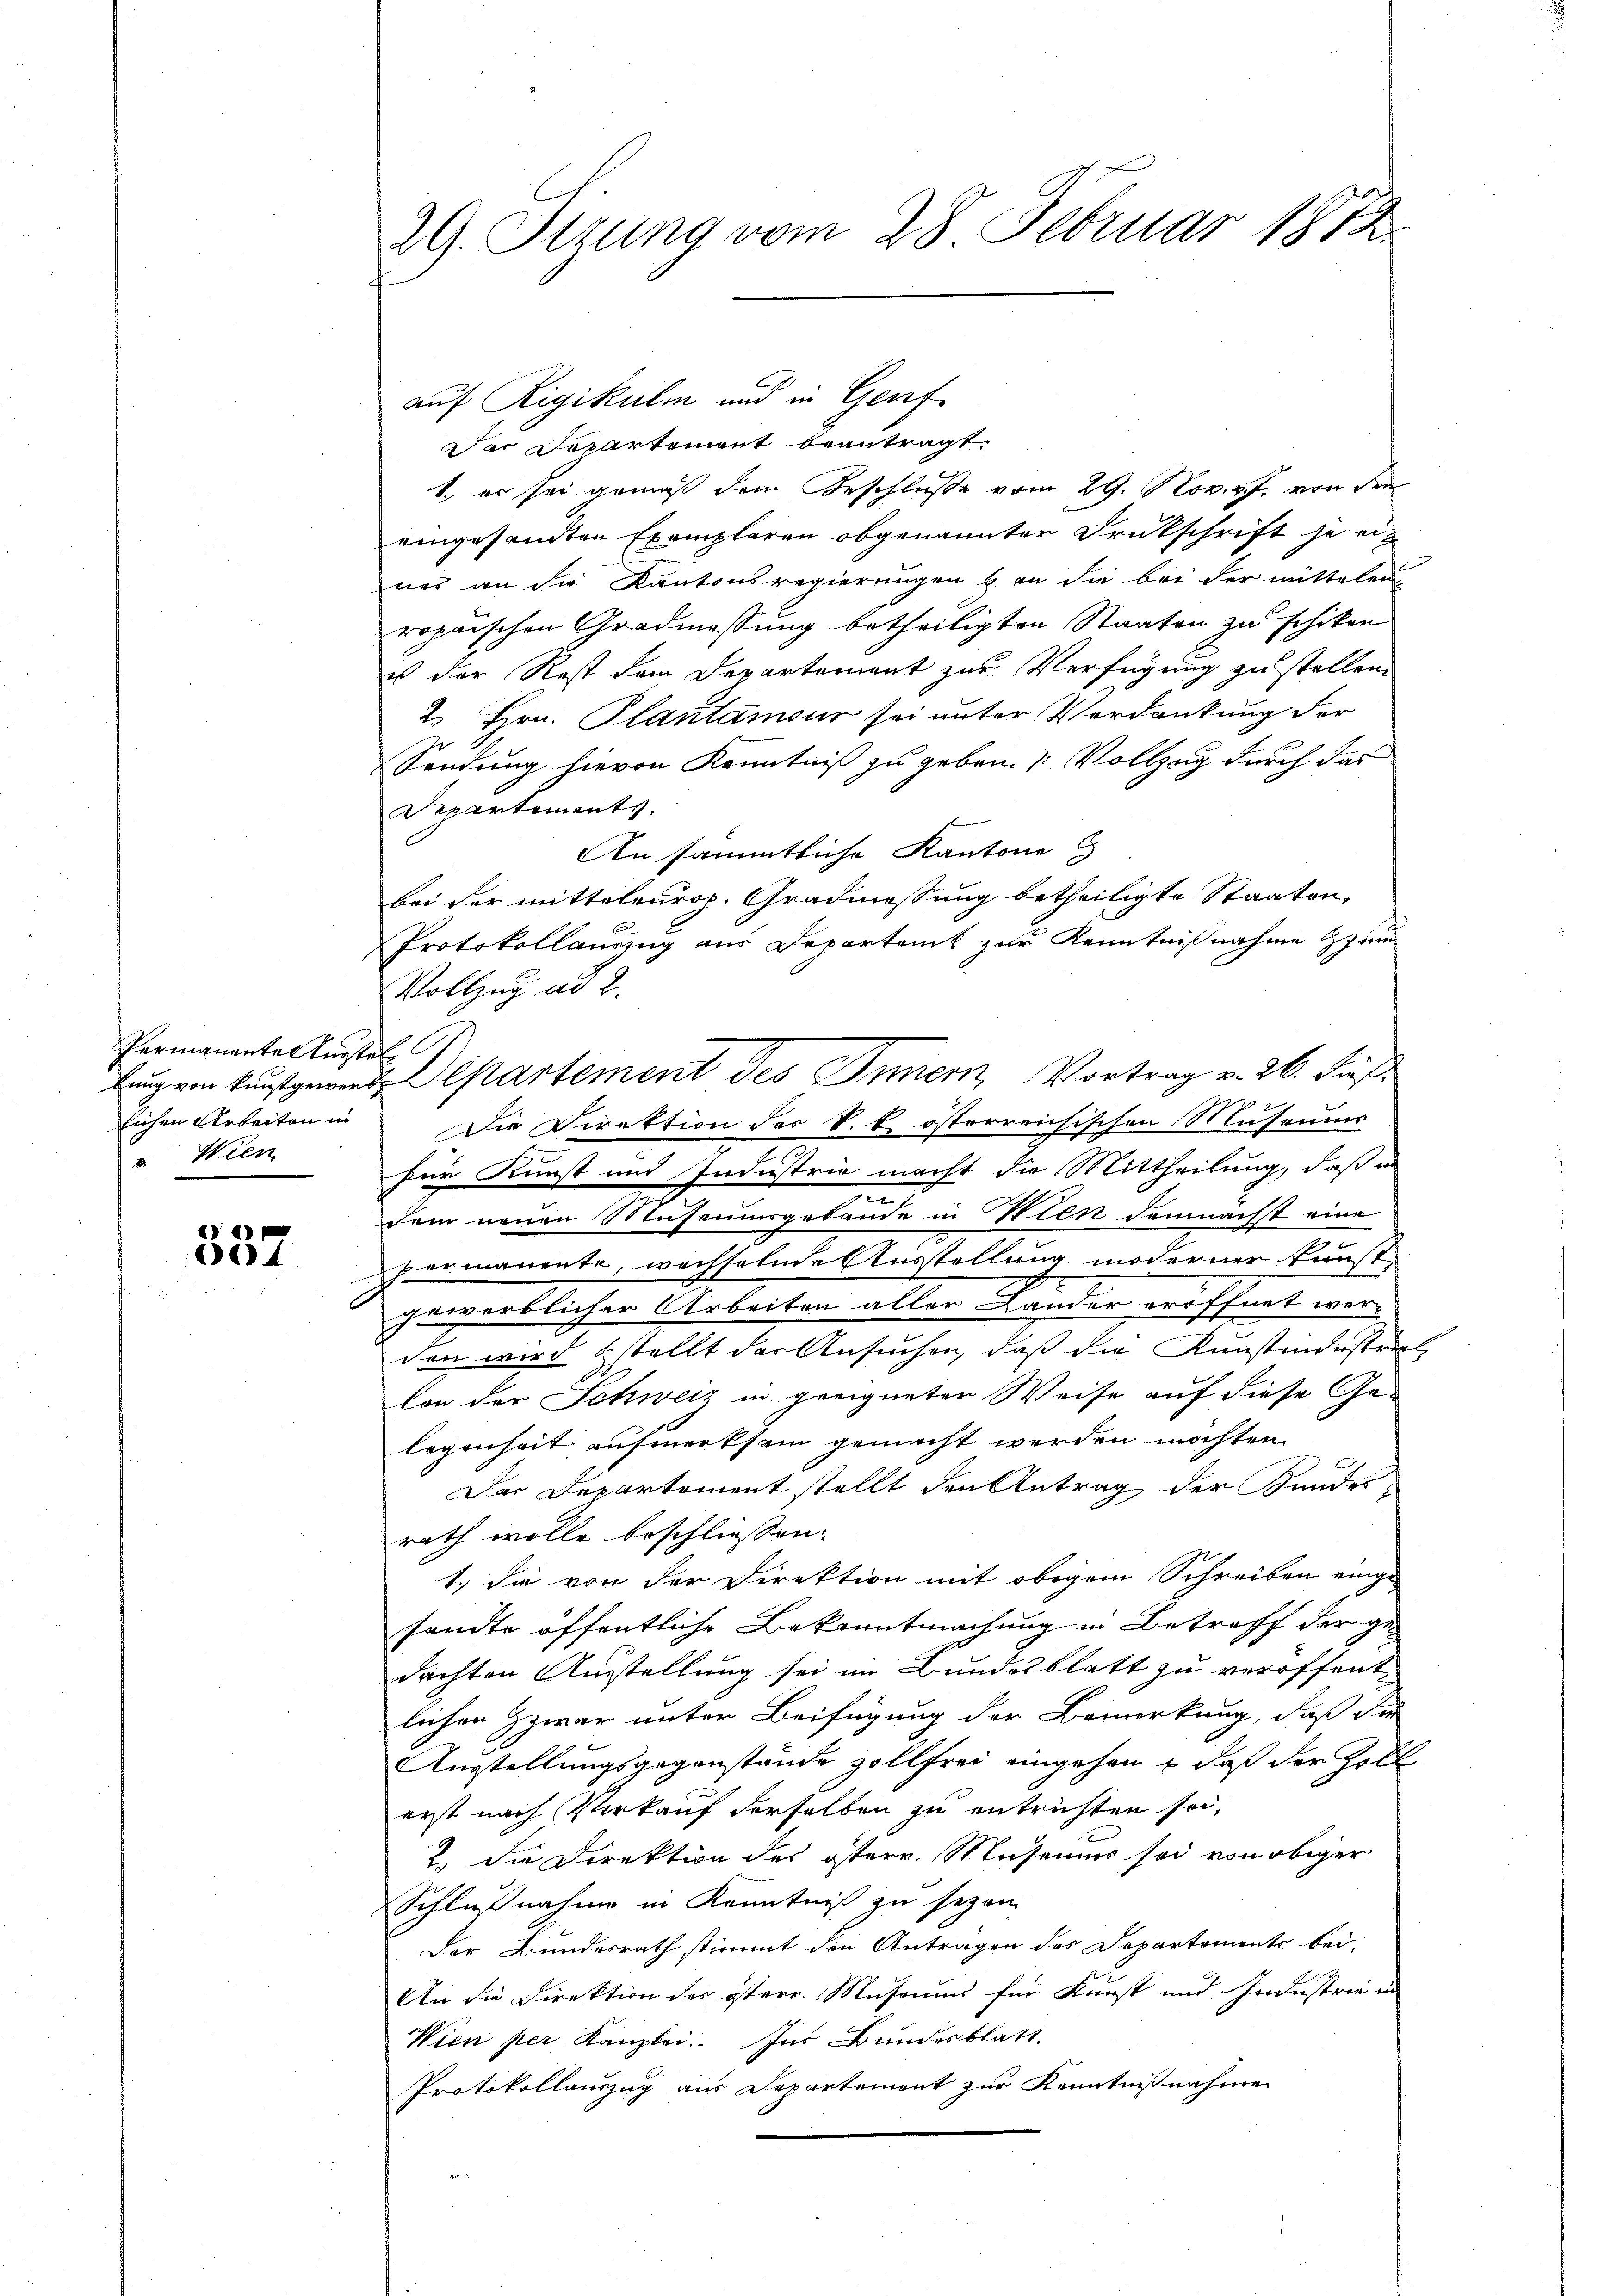
Permanente Kunst
bung von Kunstgewerlichen Arbeiten in
 Wien

337

29. Stzung vom 28. Februar 1872

auf Rigikulm und in Genf
Der Departement beantragt.
1., er sei gemäß dem Beschluße vom 29. Nov. v. J. von den
eingesandten Exemplaren obgenannter Drukschrift je ein
nes an die Kantonsregierungen bin die bei der mittelen
ropaischen Gradmessung betheiligten Staaten zu schiken
us der Rest dem Departement zur Verfügung zu stellen.
2 Hrn. Plantamsur sei unter Verdankung der
7
Sendung hievon Kenntniß zu geben. Vollzug durch das
Departements.
An sämmtliche Kantone
bei der mitteleurop. Gradmessung betheiligte Staaten,
Protokollauszug aus Departenik zur Kenntnißnahme zu
Vollzug ad 2.
i
Die Direktion des V. E österreichischen Museums
für Kunst und Industrie macht die Mittheilung, daß in
m
sem neuen Musemurgebäude in Iten demnächst eine
s
permanente, wechselnde Ausstellung moderner Kunst-
gewerblicher Arbeiten aller Lander eröffnet werden wird stellt der Ansuchen, daß die Kunstindustrik
von der Schweiz in geeigneter Weise auf diese Ge-
legenheit aufmerksam gemacht werden möchten.
Der Departement stellt den Antrag der Kunder
rath wolle beschliessen.
1.) die von der Direktion mit obigem Schreiben einge-
sandte öffentliche Bekanntmachung in Betreff der ge
dachten Ausstellung sei im Bundesblatt zu veröffent
lichen Zwar unter Beifügung der Bemerkung, daß die
Ausstellungsgegenstände zollfrei eingehen, daß der Zoll
erst nach Verkauf derselben zu entrichten sei,
2 die Direktion des östern. Museums sei von obiger
Schlußnahme in Kenntniß zu seyen.
Der Bundesrath stimmt den Antragen des Departements bei
An die Direktion des österr. Museums für Kunst und Industrie in
Wien per Kanzlei. Ins Bundesblatt
Protokollauszug aus Departemont zur Kenntnißnahmen

Departement des Innern, Vortrag v. 26. dieß